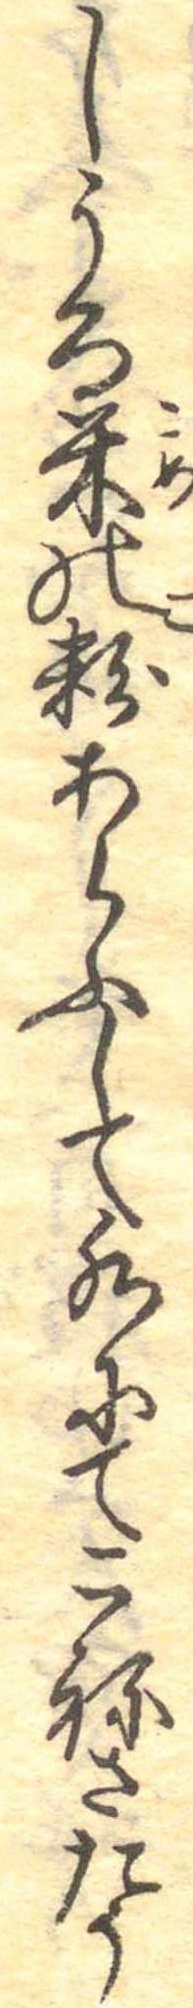
しうる米の粉あらふして水にてこねさたう